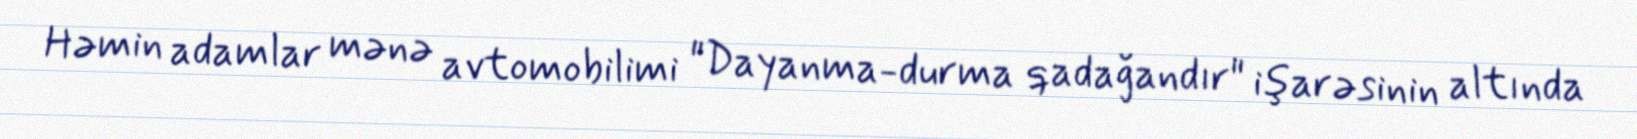
Həmin adamlar mənə avtomobilimi "Dayanma-durma qadağandır" işarəsinin altında